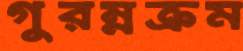
গুরম্নক্রম